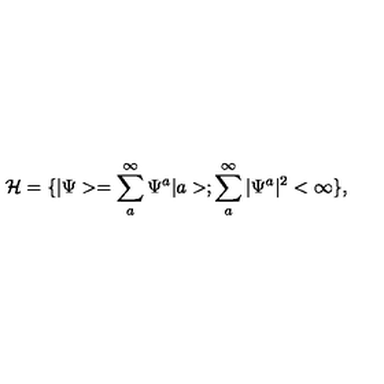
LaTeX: { \cal { H } } = \{ | \Psi > = \sum _ { a } ^ { \infty } \Psi ^ { a } | a > ; \sum _ { a } ^ { \infty } | \Psi ^ { a } | ^ { 2 } < \infty \} ,